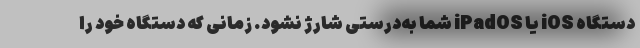
دستگاه iOS یا iPadOS شما به‌درستی شارژ نشود. زمانی که دستگاه خود را